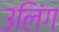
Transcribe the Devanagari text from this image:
३लिंग